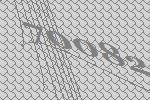
70082